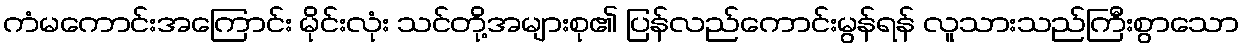
ကံမကောင်းအကြောင်း မိုင်းလုံး သင်တို့အများစု၏ ပြန်လည်ကောင်းမွန်ရန် လူသားသည်ကြီးစွာသော